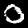
Digit: 0